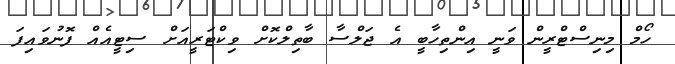
ހޯމް މިނިސްޓްރީން ވަނީ އިންތިހާބީ އެ ޖަލްސާ ބާތިލްކޮށް ވިކްޓަރީއަށް ސިޓީއެއް ފޮނުވައިފަ